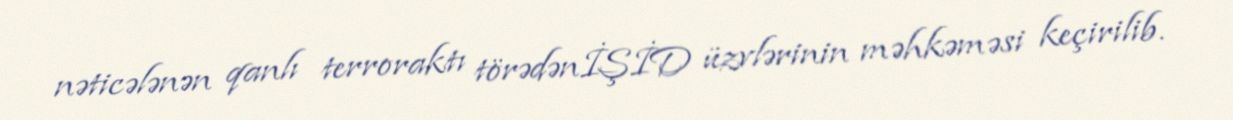
nəticələnən qanlı terroraktı törədənİŞİD üzvlərinin məhkəməsi keçirilib.